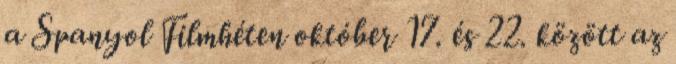
a Spanyol Filmhéten október 17. és 22. között az